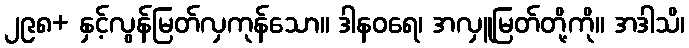
၂၉၈+ နှင့်လွန်မြတ်လှကုန်သော။ ဒါနဝရေ၊ အလှူမြတ်တို့ကို။ အဒါသိ၊